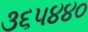
૩૬૫૪૪૦